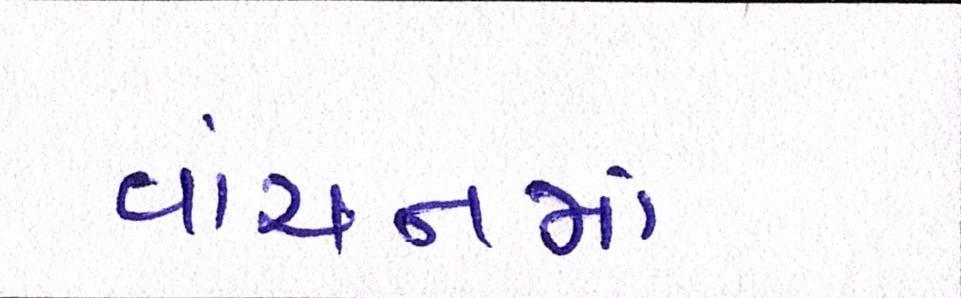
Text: વાંચનમાં